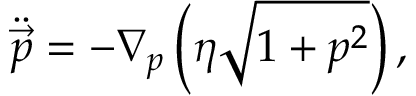
\ddot { \vec { p } } = - \nabla _ { p } \left( \eta \sqrt { 1 + p ^ { 2 } } \right) ,